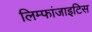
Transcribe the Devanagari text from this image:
लिम्फांजाइटिस